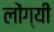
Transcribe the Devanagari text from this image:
लोंग्यी